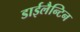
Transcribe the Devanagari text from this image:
डाईलैन्टिन